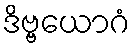
ဒိဗ္ဗယောဂံ